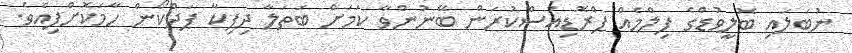
ނުބަލައި ބޮލީވުޑްގެ ފިލްމެއް ޕްރޮޑިއުސްކުރަން ބޭނުންވާ ކަމަށް ބަތަލާ ދިޕިކާ ޕަދްކޯން ހާމަކޮށްފިއެވެ.